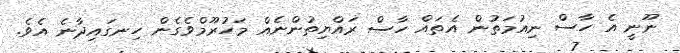
ނޫނީ އެ ހާސް ނިއުމަތުން އެތައް ހާސް ރައްޔިތުންނެއް މަހުރޫމްވެގެން ހިނގައިދާނެ އެވެ.